Investigations into the jail dietaries of the United Provinces with some observations on the influence of dietary on the physical development and well-being of the people of the United Provinces - Number 48
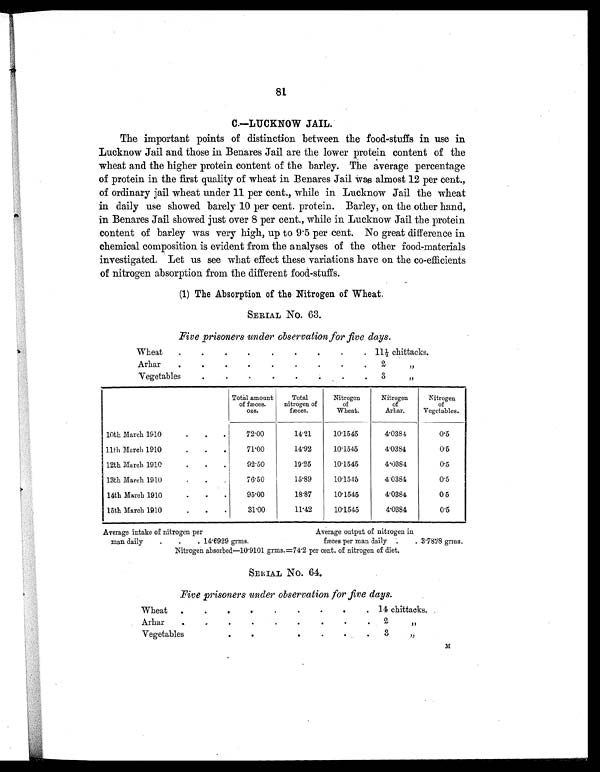
81
C.—LUCKNOW JAIL.
The important points of distinction between the food-stuffs in use in
Lucknow Jail and those in Benares Jail are the lower protein content of the
wheat and the higher protein content of the barley. The average percentage
of protein in the first quality of wheat in Benares Jail was almost 12 per cent.,
of ordinary jail wheat under 11 per cent., while in Lucknow Jail the wheat
in daily use showed barely 10 per cent. protein. Barley, on the other hand,
in Benares Jail showed just over 8 per cent., while in Lucknow Jail the protein
content of barley was very high, up to 9 . 5 per cent. No great difference in
chemical composition is evident from the analyses of the other food-materials
investigated. Let us see what effect these variations have on the co-efficients
of nitrogen absorption from the different food-stuffs.
(1) The Absorption of the Nitrogen of Wheat.
SERIAL NO. 63.
Five prisoners under observation for five days.
Wheat
. .
.
.
.
.
.
.
. 11½ chittacks.
Arhar
.
.
.
.
.
.
.
.
.
2
„
Vegetables
.
.
. .
.
. .
.
3
„
Total amount
of fæces.
ozs.
Total
nitrogen of
fæces.
Nitrogen
of
Wheat.
Nitrogen
of
Arhar.
Nitrogen
of
Vegetables.
10th March 1910
.
.
.
72.00
14.21
10.1545
4.0384
0.5
11th March 1910
.
.
.
71.00
14.92
10.1545
4.0384
0.5
12th March 1910
.
.
.
92.50
19.25
10.1545
4.0384
0.5
13th March 1910
.
.
.
76.50
15.89
10.1545
4.0384
0.5
14th March 1910
.
.
.
95.00
18.87
10.1545
4.0384
0 5
15th March 1910
.
.
.
31.00 11.42
10.1545
4.0384
0.5
Average intake of nitrogen per
Average output of nitrogen in
man daily
.
.
. 14.6929 grms.
fæces per man daily .
. 3.7828 grms.
Nitrogen absorbed—10.9101 grms.=74.2 per cont. of nitrogen of diet.
SERIAL NO. 64.
Five prisoners under observation for five days.
Wheat
.
.
.
.
.
.
. .
.
14 chittacks.
Arhar
.
.
.
.
.
.
.
.
. 2
„
Vegetables
.
.
. .
.
.
.
3
„
M